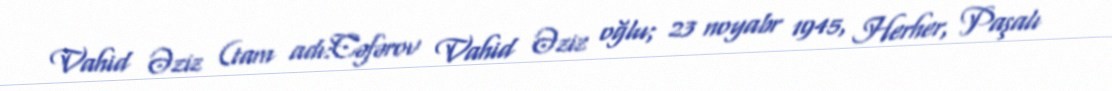
Vahid Əziz (tam adı:Cəfərov Vahid Əziz oğlu; 23 noyabr 1945, Herher, Paşalı